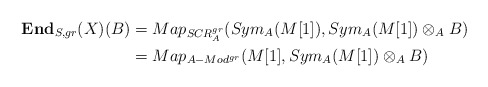
\begin{align*}\textbf{End}_{S,gr}(X)(B)&= Map_{SCR^{gr}_A}(Sym_A(M[1]),Sym_A(M[1]) \otimes_A B)\\&= Map_{A-Mod^{gr}}(M[1],Sym_A(M[1]) \otimes_A B)\end{align*}